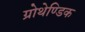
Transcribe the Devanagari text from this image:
ग्रोथेण्डिक